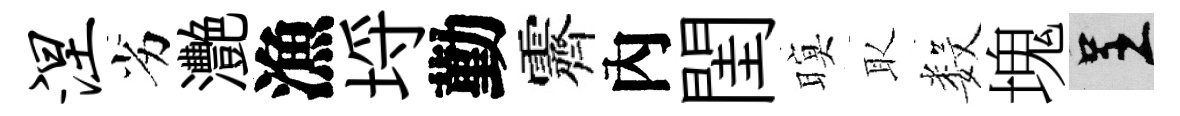
涅劣灧漁埓勤霽內閨暝取数塊呈